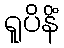
ရူပိနိံ